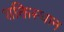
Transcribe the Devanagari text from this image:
शक्तिस्थान